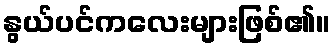
နွယ်ပင်ကလေးများဖြစ်၏။